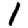
Digit: 1